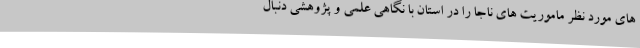
های مورد نظر ماموریت های ناجا را در استان با نگاهی علمی و پژوهشی دنبال